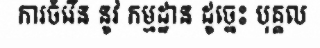
ការចំរើន នូវ កម្មដ្ឋាន ដូច្នេះ បុគ្គល